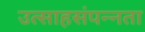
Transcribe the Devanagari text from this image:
उत्साहसंपन्नता